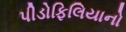
પીડોફિલિયાનો